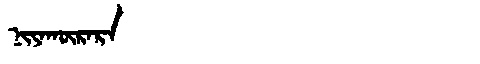
Manchu: ᠨᡳᠶᠠᡴᡡᡵᠠᡵᠠ
Romanization: NIYAKŪRARA